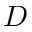
D